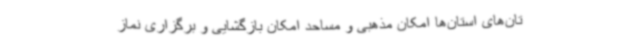
تان‌های استان‌ها امکان مذهبی و مساحد امکان بازگشایی و برگزاری نماز